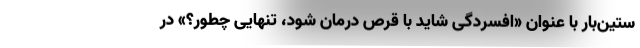
ستین‌بار با عنوان «افسردگی شاید با قرص درمان شود، تنهایی چطور؟» در